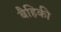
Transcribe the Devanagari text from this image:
बैहिकी